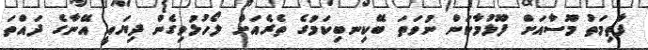
ފާތިމަތު މޫސާއަށް ފޫޅުމާކަން ނުވަތަ ބޭކިިިނބިކަމުގެ ތެރެއަށް ލޯހުޅުވިގެން ދިޔައީ އޭނާގެ ދައްތަ